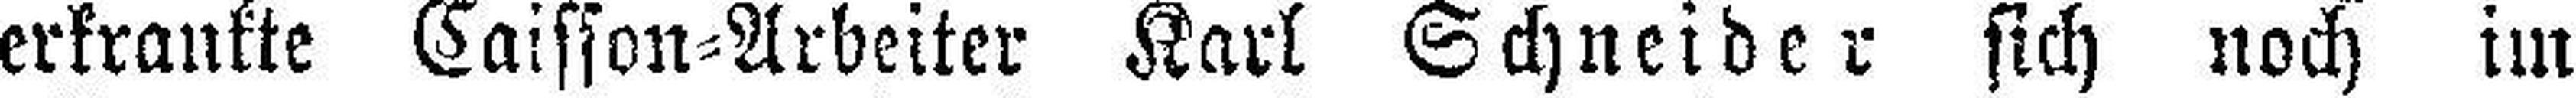
erkrankte Caisson=Arbeiter Karl Schneider sich noch im